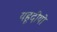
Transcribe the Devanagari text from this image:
यहूदीयो